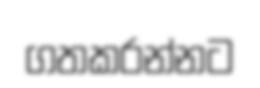
ගතකරන්නට